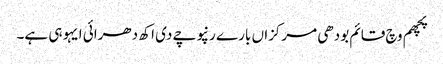
پچھم وچ قائم بودھی مرکزاں بارے رنپوچے دی اکھ دھرائی ایہو ہی ہے۔